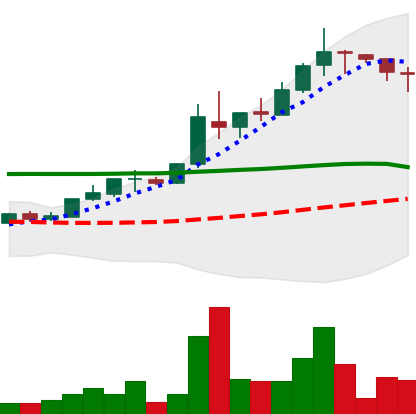
Ticker: TRX-USD
Chart end date: 2018-05-04
Forward return: -6.686%
Label: down_5_7